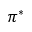
\pi ^ { * }